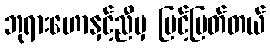
ဘုရားဟောနှင့်ညီမှ မြင့်မြတ်တယ်